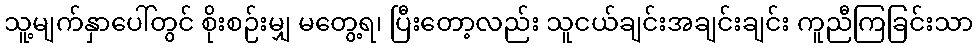
သူ့မျက်နှာပေါ်တွင် စိုးစဉ်းမျှ မတွေ့ရ၊ ပြီးတော့လည်း သူငယ်ချင်းအချင်းချင်း ကူညီကြခြင်းသာ